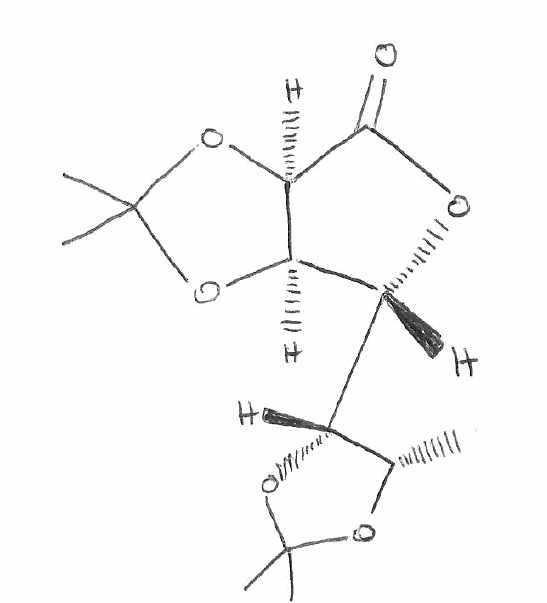
Simplified molecular-input line-entry system (SMILES) notation of the given molecule:
C[C@H]1[C@H](OC(O1)(C)C)[C@@H]2[C@@H]3[C@H](C(=O)O2)OC(O3)(C)C